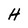
Character: H